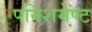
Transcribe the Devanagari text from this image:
पनिशमेण्ट